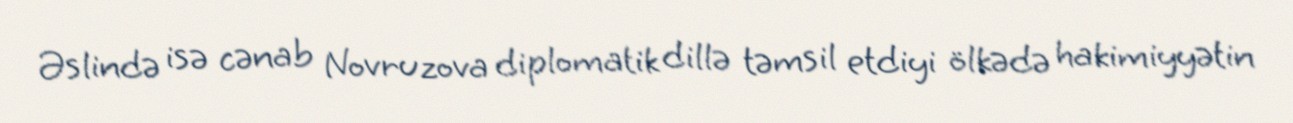
Əslində isə cənab Novruzova diplomatik dillə təmsil etdiyi ölkədə hakimiyyətin